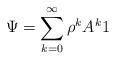
LaTeX: \begin{align*} \Psi = \sum_{k=0}^{\infty} \rho^kA^k1\end{align*}